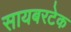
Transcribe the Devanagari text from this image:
सायबरटेक